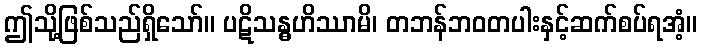
ဤသို့ဖြစ်သည်ရှိသော်။ ပဋိသန္ဓဟိဿာမိ၊ တဘန်ဘဝတပါးနှင့်ဆက်စပ်ရအံ့။